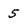
Character: 5